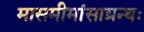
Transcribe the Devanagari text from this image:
मासमीमांसाग्रन्थः